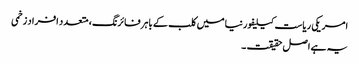
امریکی ریاست کیلیفورنیا میں کلب کے باہر فائرنگ، متعدد افراد زخمی
یہ ہے اصل حقیقت ۔